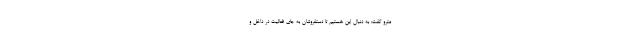
مترو گفت: به دنبال این هستیم تا دستفروشان به جای فعالیت در داخل و